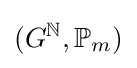
(G^{\mathbb {N} },\mathbb {P} _{m})